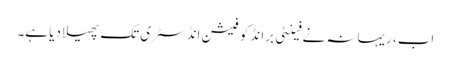
اب، ریہانہ نے فینٹی برانڈ کو فیشن انڈسٹری تک پھیلا دیا ہے۔